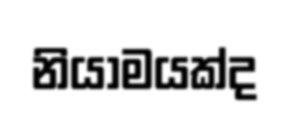
නියාමයක්ද